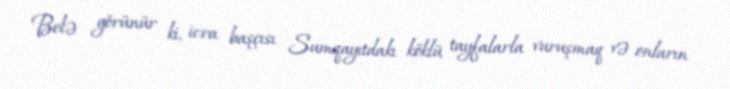
Belə görünür ki, icra başçısı Sumqayıtdakı köklü tayfalarla vuruşmaq və onların